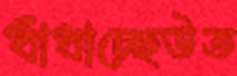
ধাঁধাচ্ছেউত